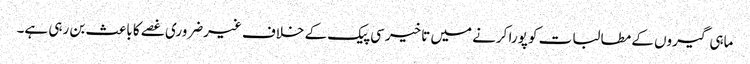
ماہی گیروں کے مطالبات کو پورا کرنے میں تاخیر سی پیک کے خلاف غیرضروری غصے کا باعث بن رہی ہے۔